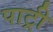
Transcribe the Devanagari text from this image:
पाट्री